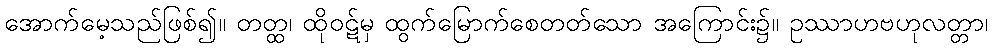
အောက်မေ့သည်ဖြစ်၍။ တတ္ထ၊ ထိုဝဋ်မှ ထွက်မြောက်စေတတ်သော အကြောင်း၌။ ဥဿာဟဗဟုလတ္တာ၊